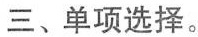
三、单项选择。